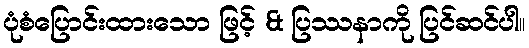
ပုံစံပြောင်းထားသော ဖြင့် & ပြဿနာကို ပြင်ဆင်ပါ။